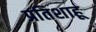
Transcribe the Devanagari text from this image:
प्रतिशाहू